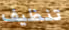
تنظيف